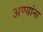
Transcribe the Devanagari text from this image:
अण्यांना